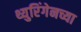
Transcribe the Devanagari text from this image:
थ्युरिंगेनच्या